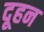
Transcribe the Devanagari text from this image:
दूहन